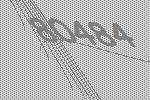
80484